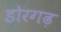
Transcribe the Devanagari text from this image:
डोरगढ़